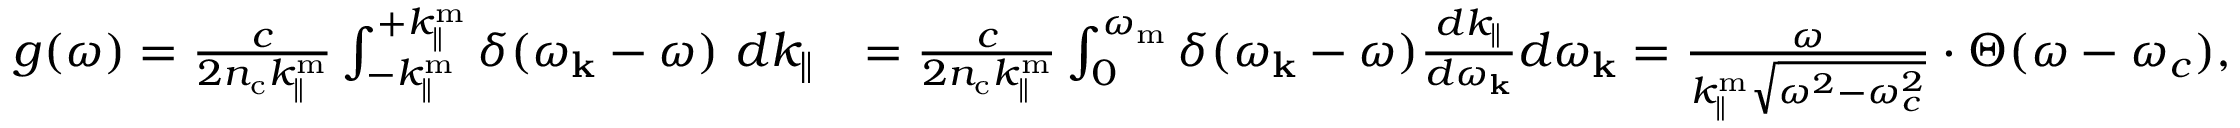
\begin{array} { r l } { g ( \omega ) = \frac { c } { 2 n _ { \mathrm { c } } k _ { \parallel } ^ { \mathrm { m } } } \int _ { - k _ { \parallel } ^ { \mathrm { m } } } ^ { + k _ { \parallel } ^ { \mathrm { m } } } \delta ( \omega _ { \mathbf { k } } - \omega ) \ d k _ { \parallel } } & { = \frac { c } { 2 n _ { \mathrm { c } } k _ { \parallel } ^ { \mathrm { m } } } \int _ { 0 } ^ { \omega _ { \mathrm { m } } } \delta ( \omega _ { \mathbf { k } } - \omega ) \frac { d k _ { \parallel } } { d \omega _ { \mathbf { k } } } d \omega _ { \mathbf { k } } = \frac { \omega } { k _ { \parallel } ^ { \mathrm { m } } \sqrt { \omega ^ { 2 } - \omega _ { c } ^ { 2 } } } \cdot \Theta ( \omega - \omega _ { c } ) , } \end{array}